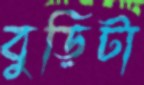
বুড়িটা